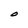
Character: O